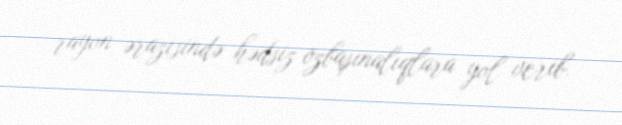
rayon ərazisində hədsiz özbaşınalıqlara yol verib.